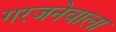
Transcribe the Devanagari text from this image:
गरजनेवाला